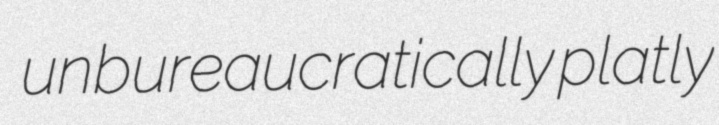
unbureaucratically platly